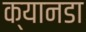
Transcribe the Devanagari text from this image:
क्यानडा